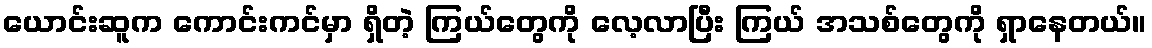
ယောင်းဆူက ကောင်းကင်မှာ ရှိတဲ့ ကြယ်တွေကို လေ့လာပြီး ကြယ် အသစ်တွေကို ရှာနေတယ်။